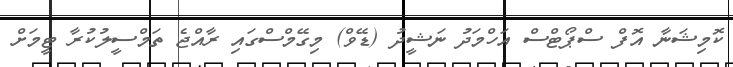
ކޮމިޝަނާ އޮފް ސްޕޯޓްސް އަހްމަދު ނަޝީދު (ޑޭވް) މިގޭމްސްގައި ރާއްޖެ ތަމްސީލުކުރާ ޓީމަށް